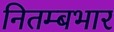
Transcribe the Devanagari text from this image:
नितम्बभार